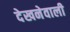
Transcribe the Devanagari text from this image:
देखनेवाली